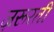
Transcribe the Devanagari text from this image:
ज़रूरती